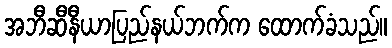
အဘီဆီနီယာပြည်နယ်ဘက်က ထောက်ခံသည်။